Vaccination in Bombay 1902-1912 - 1902-1912
Year: 1902
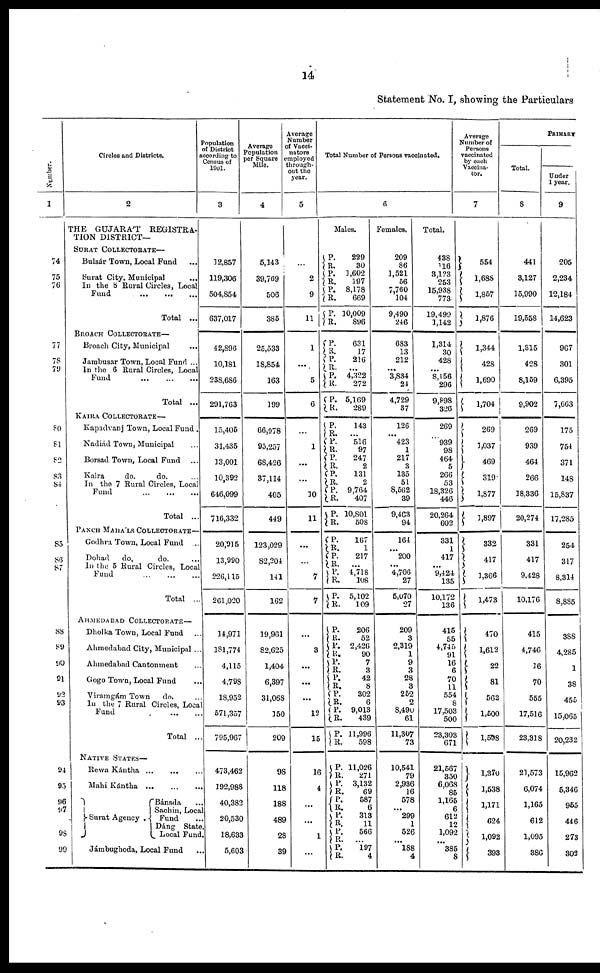
14
Statement No. I, showing the Particulars
Number.
1
74
75
76
77
78
79
80
81
82
83
84
85
86
87
88
89
90
91
92
93
94
95
96
97
98
99
Circles and Districts.
2
THE GUJARAT REGISTRA¬
TION DISTRICT—
SURAT COLLECTORATE—
Bulsár Town, Local Fund ...
Surat City, Municipal
...
In the 8 Rural Circles, Local
Fund
...
...
...
Total ...
BROACH COLLECTORATE—
Broach City, Municipal
...
Jambusar Town, Local Fund ...
In the 6 Rural Circle, Local
Fund ... ... ...
Total ...
KAIRA COLLECTORATE—
Kapadvanj Town, Local Fund .
Nadiád Town, Municipal ...
Borsad Town, Local Fund ...
Kaira
do.
do. ...
In the 7 Rural Circle, Local
Fund ... ... ...
Total ...
PANCH MAHÁLS COLLECTORATE—
Godhra Town, Local Fund ...
Dohad do.
do. ...
In the 5 Rural Circles, Local
Fund ... ... ...
Total ...
AHMEDABAD COLLECTORATE—
Dholka Town, Local Fund ...
Ahmedabad City, Municipal...
Ahmedabad Cantonment ...
Gogo Town, Local Fund ...
Viramgám Town do. ...
In the 7 Rural Circles, Local
Fund
... ...
Total ...
NATIVE STATES—
Rewa Kántha ...
... ...
Mahi Kántha ... ... ...
Surat Agency .
Bánsda
...
Sachin, Local
Fund ...
Dáng State,
Local Fund.
Jámbughoda, Local Fund
...
Population
of District
according to
Census of
1901.
3
12,857
119,306
504,854
637,017
42,896
10,181
238,686
291,763
15,405
31,435
13,001
10,392
646,099
716,332
20,915
13,990
226,115
261,020
14,971
181,774
4,115
4,798
18,952
571,357
795,967
473,462
192,988
40,382
20,530
18,633
5,603
Average
Population
per Square
Mile.
4
5,143
39,769
506
385
25,533
18,854
163
199
66,978
95,257
68,426
37,114
405
449
123,029
82,204
141
162
19,961
82,625
1,404
6,397
31,068
150
209
98
118
188
489
28
39
Average
Number
of Vacci¬
nators
employed
through-
out the
year.
5
...
2
9
11
1
...
5
6
...
1
...
...
10
11
...
...
7
7
...
3
...
...
...
12
15
16
4
...
...
1
...
Total Number of Persons vaccinated.
6
Males.
P.
R.
P.
R.
P.
R.
P.
R.
229
30
1,602
197
8,178
669
10,009
896
P.
R.
P.
R.
P.
R.
P.
R.
P.
R.
P.
R.
P.
R. P.
R.
P.
R.
P.
R.
631
17
216
...
4,322
272
5,169
289
143
...
516
97
247
2
131
2
9,764
407
10,801
508
P.
R.
P.
R.
P.
R.
P.
R.
167
1
217
...
4,718
108
5,102
109
P.
R.
P.
R.
P.
R.
P.
R.
P.
R.
P.
R.
P.
R.
206
52
2,426
90
7
3
42
8
302
6
9,013
439
11,996
598
P.
R.
P.
R.
P.
R.
P.
R.
P.
R. P.
R.
11,026
271
3,132
69
587
6
313
11
566
...
197
4
Females.
209
86
1,521
56
7,760
104
9,490
246
683
13
212
...
3,834
24
4,729
37
126
...
423
1
217
3
135
51
8,562
39
9,463
94
164
...
200
...
4,706
27
5,070
27
209
3
2,319
1
9
3
28
3
252
2
8,490
61
11,307
73
10,541
79
2,936
16
578
...
299
1
526
...
188
4
Total.
438
116
3,123
253
15,938
773
19,499
1,142
1,314
30
428
...
8,156
296
9,898
326
269
...
939
98
464
5
266
53
18,326
446
20,264
602
331
1
417
...
9,424
135
10,172
136
415
55
4,745
91
16
6
70
11
554
8
17,503
500
23,303
671
21,567
350
6,068
85
1,165
6
612
12
1,092
...
385
8
Average
Number of
Persons
vaccinated
by each
Vaccina¬
tor.
7
554
1,688
1,857
1,876
1,344
428
1,690
1,704
269
1,037
469
319
1,877
1,897
332
417
1,366
1,473
470
1,612
22
81
562
1,500
1,598
1,370
1,538
1,171
624
1,092
393
PRIMARY
Total.
8
441
3,127
15,990
19,558
1,315
428
8,159
9,902
269
939
464
266
18,336
20,274
331
417
9,428
10,176
415
4,746
16
70
555
17,516
23,318
21,573
6,074
1,165
612
1,095
386
Under
1 year.
9
205
2,234
12,184
14,623
967
301
6,395
7,663
175
754
371
148
15,837
17,285
254
317
8,314
8,885
388
4,285
1
38
455
15,065
20,232
15,962
5,346
955
446
273
302